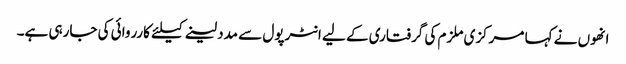
انھوں نے کہا مرکزی ملزم کی گرفتاری کے لیے انٹرپول سے مدد لینے کیلئے کارروائی کی جارہی ہے۔